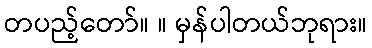
တပည့်တော်။ ။ မှန်ပါတယ်ဘုရား။